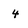
Character: 4